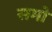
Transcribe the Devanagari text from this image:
समो